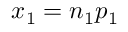
x _ { 1 } = n _ { 1 } p _ { 1 }